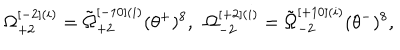
\Omega _ { + 2 } ^ { [ - 2 ] ( i ) } = \tilde { \Omega } _ { + 2 } ^ { [ - 1 0 ] ( i ) } ( \theta ^ { + } ) ^ { 8 } , \ \ \Omega _ { - 2 } ^ { [ + 2 ] ( i ) } = \tilde { \Omega } _ { - 2 } ^ { [ + 1 0 ] ( i ) } ( \theta ^ { - } ) ^ { 8 } ,